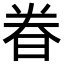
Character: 𬀴